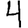
Digit: 4